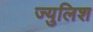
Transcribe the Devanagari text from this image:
ज्युलिश